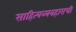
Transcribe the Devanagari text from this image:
साहित्यव्यवहाराची